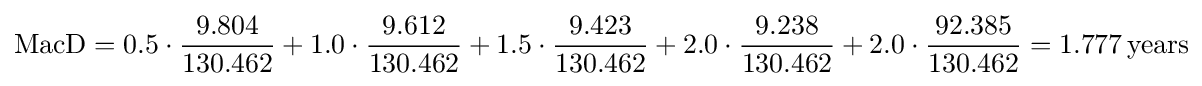
{\text{MacD}}=0.5\cdot {\frac {9.804}{130.462}}+1.0\cdot {\frac {9.612}{130.462}}+1.5\cdot {\frac {9.423}{130.462}}+2.0\cdot {\frac {9.238}{130.462}}+2.0\cdot {\frac {92.385}{130.462}}=1.777\,{\text{years}}